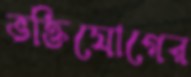
ভক্তিযোগের